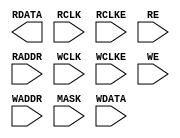
module SB_RAM40_4K (
	output [15:0] RDATA,
	input         RCLK,
	input         RCLKE ,
	input         RE,
	input  [10:0] RADDR,
	input         WCLK,
	input         WCLKE ,
	input         WE,
	input  [10:0] WADDR,
	input  [15:0] MASK,
	input  [15:0] WDATA
);

	parameter WRITE_MODE = 0;
	parameter READ_MODE = 0;

endmodule